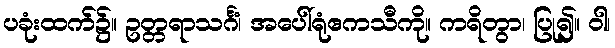
ပခုံးထက်၌။ ဥတ္တရာသင်္ဂံ၊ အပေါ်ရုံဧကသီကို။ ကရိတွာ၊ ပြု၍။ ဝါ၊